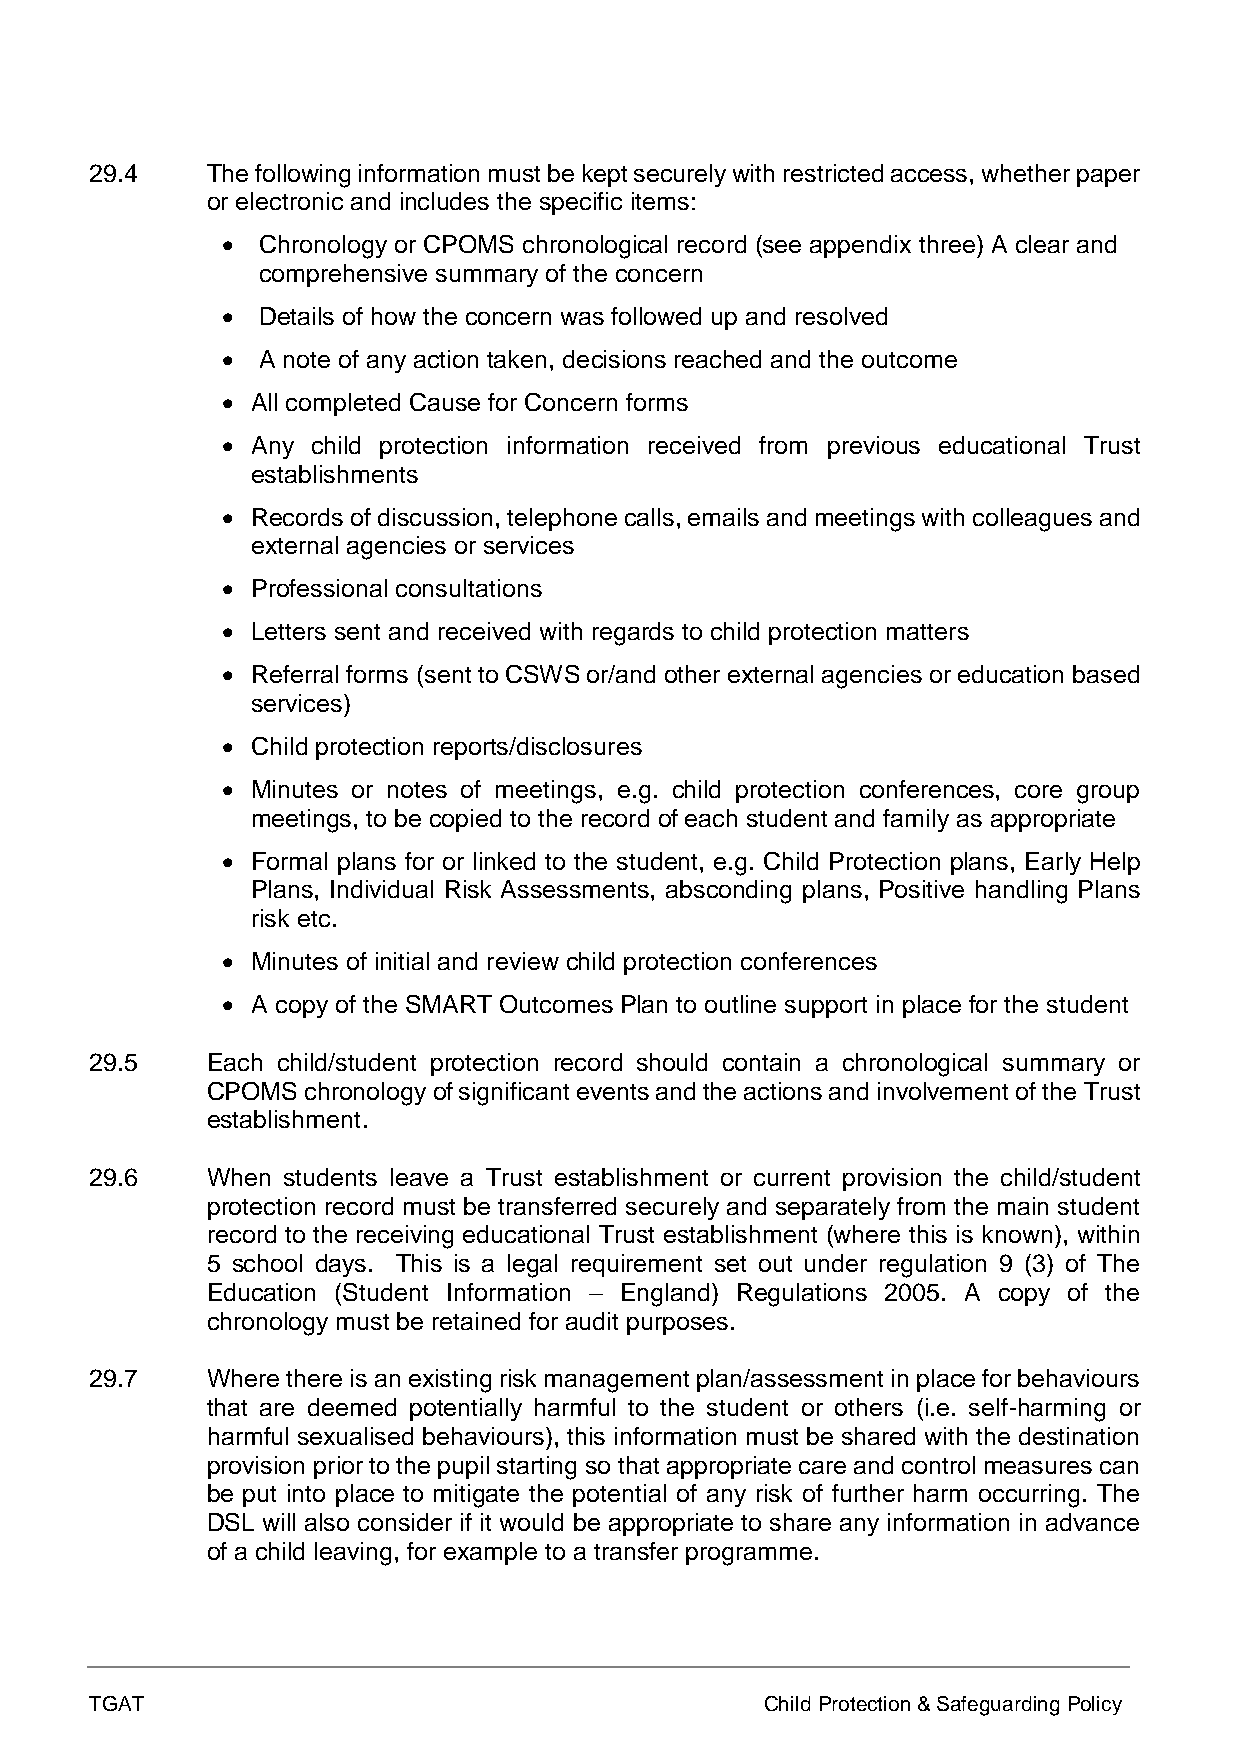
29.4    The following information must be kept securely with restricted access, whether paper
 or electronic and includes the specific items:
 • Chronology or CPOMS chronological record (see appendix three) A clear and
 comprehensive summary of the concern
 • Details of how the concern was followed up and resolved
 • A note of any action taken, decisions reached and the outcome
 • All completed Cause for Concern forms
 • Any child protection information received from previous educational Trust
 establishments
 • Records of discussion, telephone calls, emails and meetings with colleagues and
 external agencies or services
 • Professional consultations
 • Letters sent and received with regards to child protection matters
 • Referral forms (sent to CSWS or/and other external agencies or education based
 services)
 • Child protection reports/disclosures
 • Minutes or notes of meetings, e.g. child protection conferences, core group
 meetings, to be copied to the record of each student and family as appropriate
 • Formal plans for or linked to the student, e.g. Child Protection plans, Early Help
 Plans, Individual Risk Assessments, absconding plans, Positive handling Plans
 risk etc.
 • Minutes of initial and review child protection conferences
 • A copy of the SMART Outcomes Plan to outline support in place for the student
 29.5    Each child/student protection record should contain a chronological summary or
 CPOMS chronology of significant events and the actions and involvement of the Trust
 establishment.
 29.6    When students leave a Trust establishment or current provision the child/student
 protection record must be transferred securely and separately from the main student
 record to the receiving educational Trust establishment (where this is known), within
 5 school days. This is a legal requirement set out under regulation 9 (3) of The
 Education (Student Information – England) Regulations 2005. A copy of the
 chronology must be retained for audit purposes.
 29.7    Where there is an existing risk management plan/assessment in place for behaviours
 that are deemed potentially harmful to the student or others (i.e. self-harming or
 harmful sexualised behaviours), this information must be shared with the destination
 provision prior to the pupil starting so that appropriate care and control measures can
 be put into place to mitigate the potential of any risk of further harm occurring. The
 DSL will also consider if it would be appropriate to share any information in advance
 of a child leaving, for example to a transfer programme.
 TGAT                                         Child Protection & Safeguarding Policy